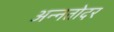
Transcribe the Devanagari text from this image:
अन्नतोदर